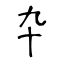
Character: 卆